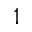
^ 1